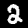
Label: 2